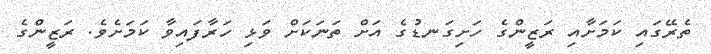
ތެރޭގައި ކަމަށާއި ރަޒީންގެ ހަށިގަނޑުގެ އަށް ތަނަކަށް ވަޅި ހަރާފައިވާ ކަމަށެވެ. ރަޒީންގެ